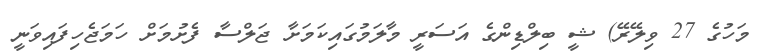
މަހުގެ 27 ވިލޭރޭ) ޝީ ބިލްޑިންގެ އަސަރީ މާލަމުގައިކަމަށާ ޖަލްސާ ފެށުމަށް ހަމަޖެހިފައިވަނީ